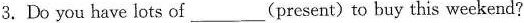
3.Do you have lots of___ (present)to buy this weekend?